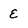
Character: E